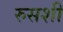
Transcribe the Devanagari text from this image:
रुसशी